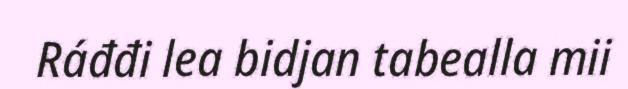
Ráđđi lea bidjan tabealla mii